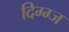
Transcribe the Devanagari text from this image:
दिग्ग्ज